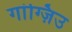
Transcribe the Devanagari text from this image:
गांग्ज़िउ